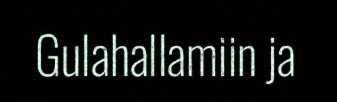
Gulahallamiin ja